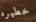
خطيره